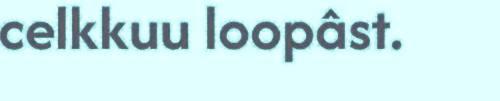
celkkuu loopâst.